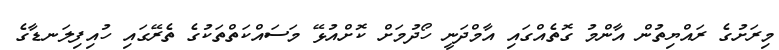
މިރަށުގެ ރައްޔިތުން އާންމު ގޮތެއްގައި އާމްދަނީ ހޯދުމަށް ކޮށްއުޅޭ މަސައްކަތްތަކުގެ ތެރޭގައި ހުއިފިލަނޑާގެ